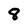
Character: 8